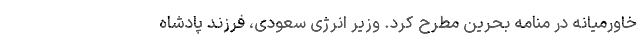
خاورمیانه در منامه بحرین مطرح کرد. وزیر انرژی سعودی، فرزند پادشاه